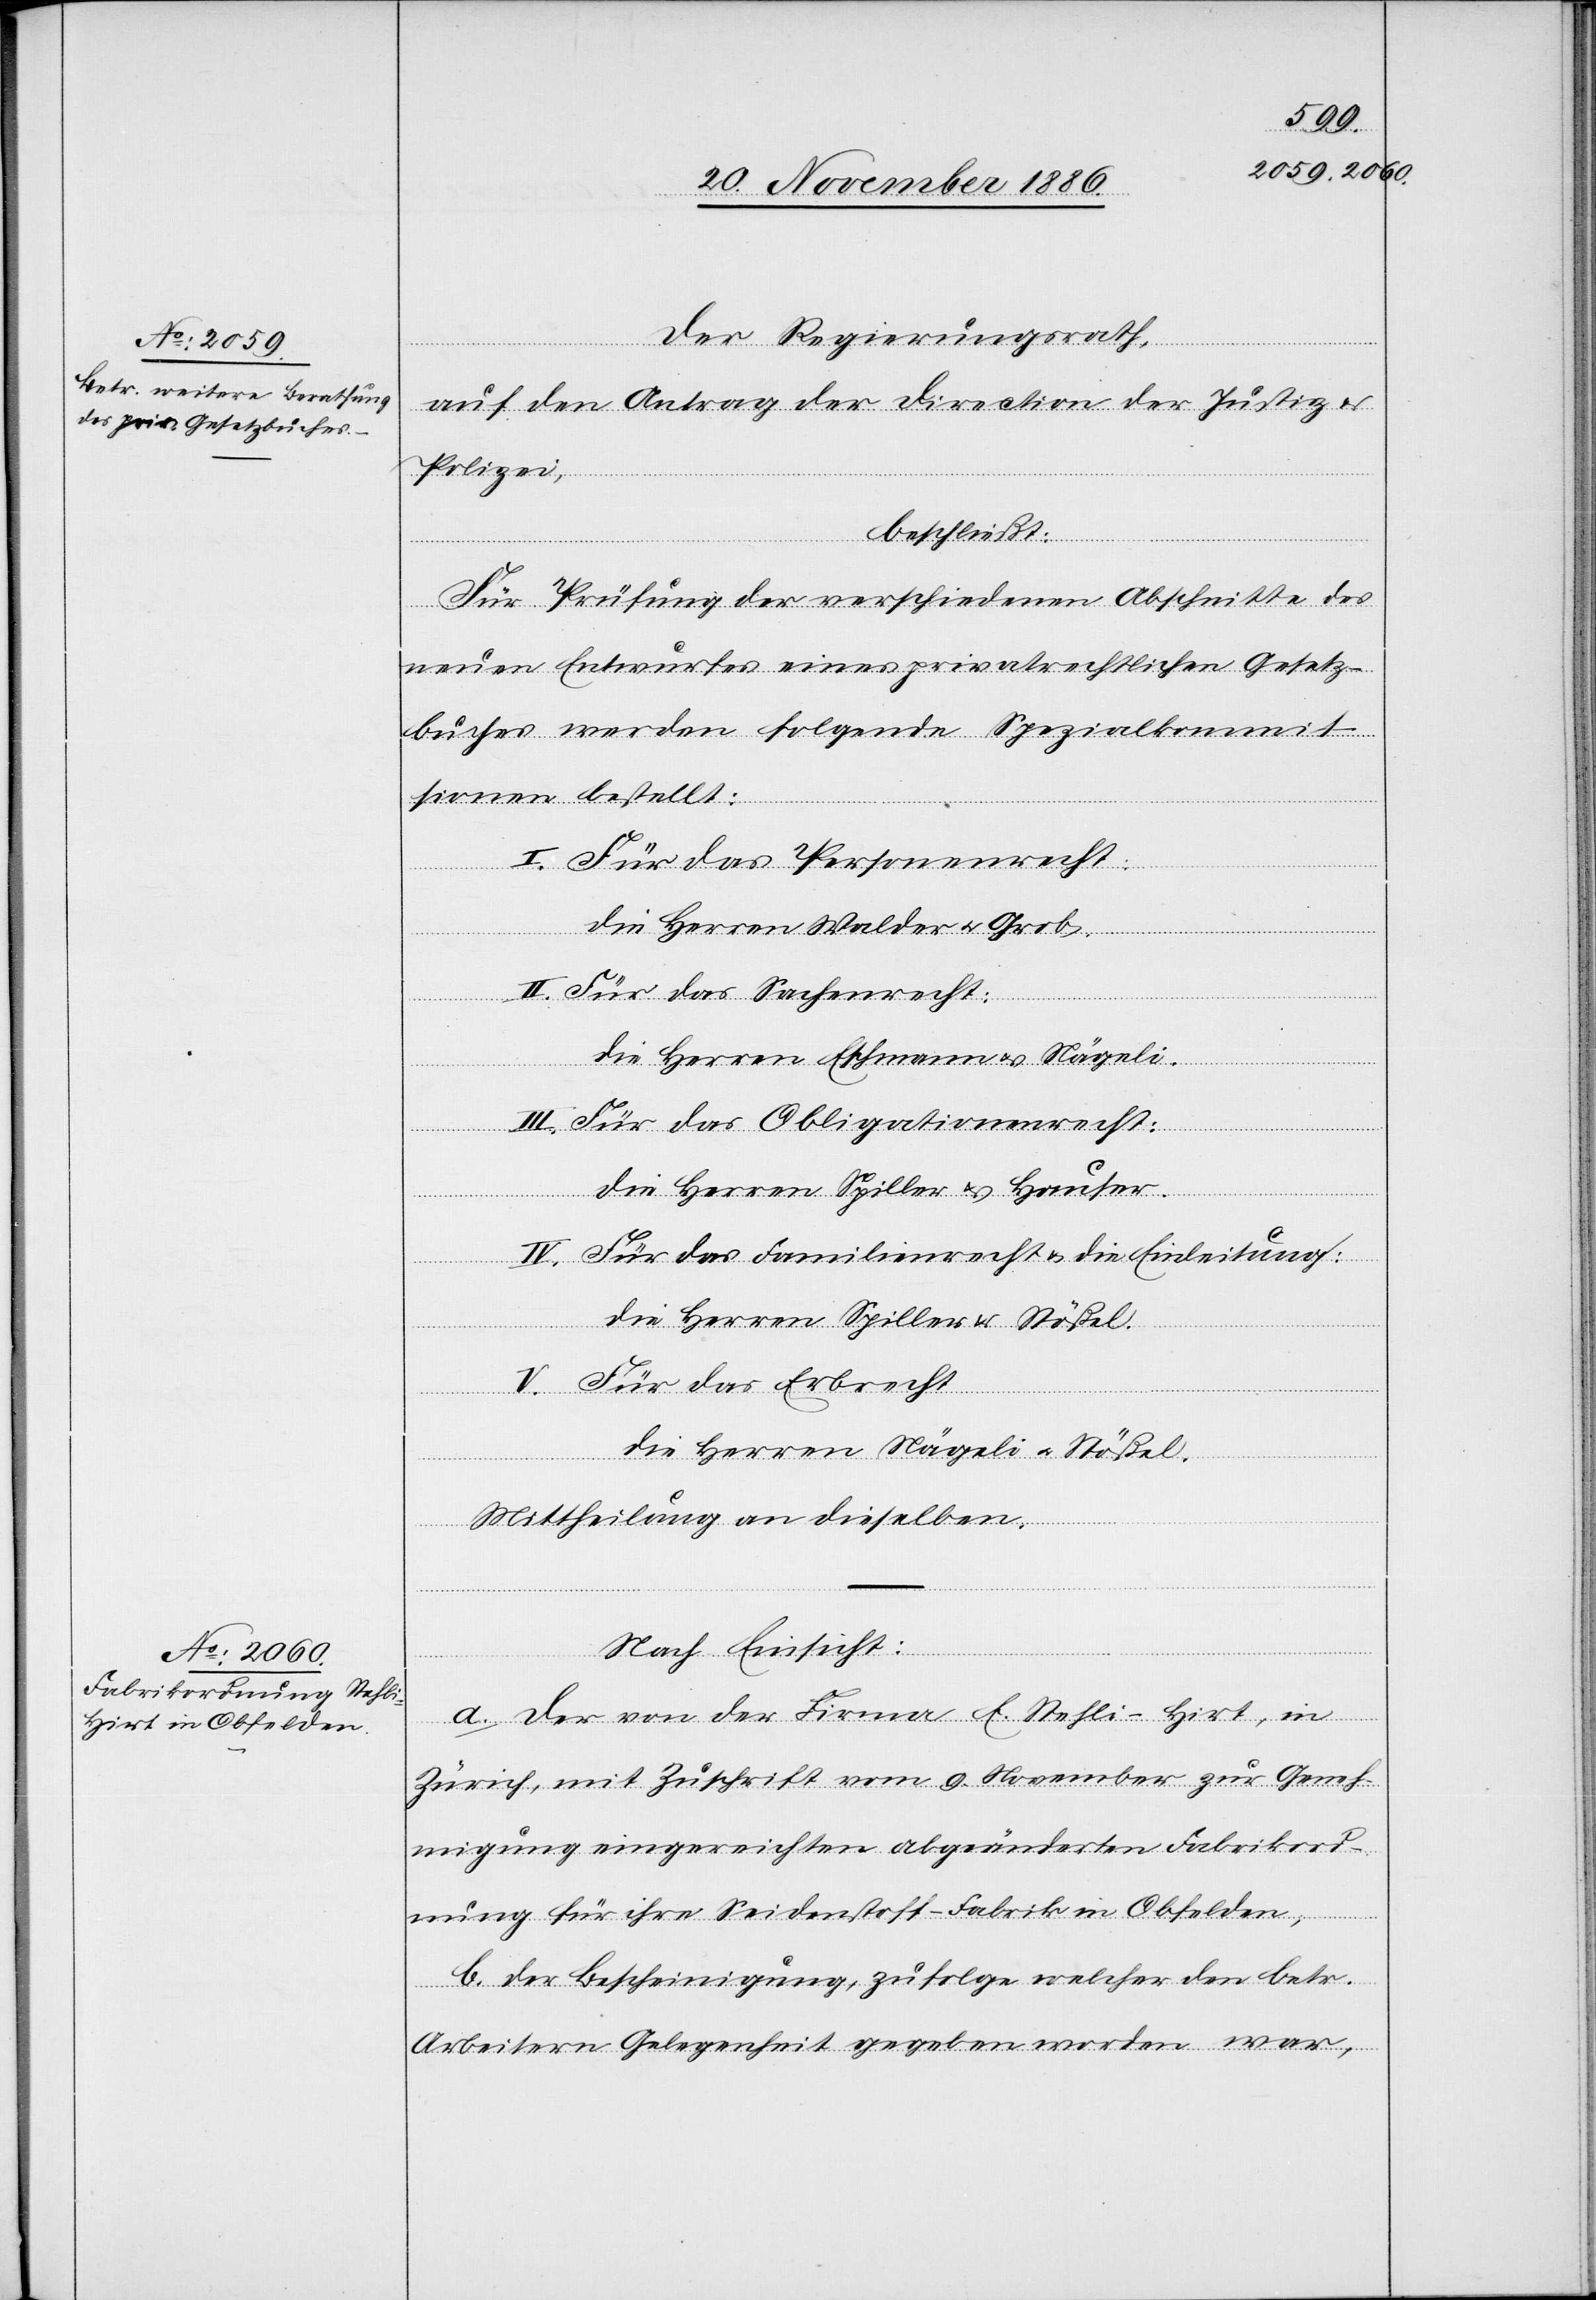
Der Regierungsrath,
auf den Antrag der Direction der Justiz
Polizei,
beschließt:
Für Prüfung der verschiedenen Abschnitte des
neuen Entwurfes eines privatrechtlichen Gesetz¬
buches werden folgende Spezialkommis¬
sionen bestellt:
I. Für das Personenrecht:
die Herren Walder & Grob.
II. Für das Sachenrecht:
die Herren Eschmann & Nägeli.
III. Für das Obligationenrecht:
die Herren Spiller & Hauser.
IV: Für das Familienrecht & die Einleitung:
die Herren Spiller & Stößel.
V. Für das Erbrecht
die Herren Nägeli & Stößel.
Mittheilung an dieselben.
Nach Einsicht:
a. der von der Firma E. Stehli-Hirt, in
Zürich, mit Zuschrift vom 9. November zur Geneh¬
migung eingereichten abgeänderten Fabrikord¬
nung für ihre Seidenstoff-Fabrik in Obfelden,
b. der Bescheinigung, zufolge welcher den betr.
Arbeitern Gelegenheit gegeben worden war,